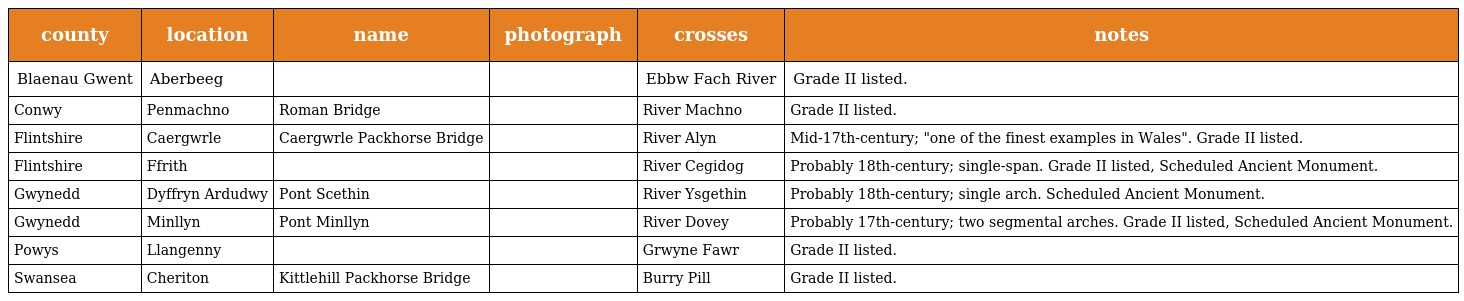
| county | location | name | photograph | crosses | notes |
 | --- | --- | --- | --- | --- | --- |
 | Blaenau Gwent | Aberbeeg |  |  | Ebbw Fach River | Grade II listed. |
 | Conwy | Penmachno | Roman Bridge |  | River Machno | Grade II listed. |
 | Flintshire | Caergwrle | Caergwrle Packhorse Bridge |  | River Alyn | Mid-17th-century; "one of the finest examples in Wales". Grade II listed. |
 | Flintshire | Ffrith |  |  | River Cegidog | Probably 18th-century; single-span. Grade II listed, Scheduled Ancient Monument. |
 | Gwynedd | Dyffryn Ardudwy | Pont Scethin |  | River Ysgethin | Probably 18th-century; single arch. Scheduled Ancient Monument. |
 | Gwynedd | Minllyn | Pont Minllyn |  | River Dovey | Probably 17th-century; two segmental arches. Grade II listed, Scheduled Ancient Monument. |
 | Powys | Llangenny |  |  | Grwyne Fawr | Grade II listed. |
 | Swansea | Cheriton | Kittlehill Packhorse Bridge |  | Burry Pill | Grade II listed. |